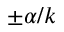
\pm \alpha / k